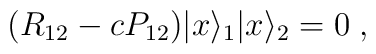
(R_{12} - cP_{12}) |x\rangle _{1} |x\rangle _{2}  =  0 \; ,